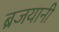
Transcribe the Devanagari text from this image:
ब्रजयानी